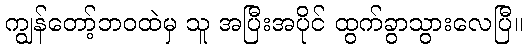
ကျွန်တော့်ဘဝထဲမှ သူ အပြီးအပိုင် ထွက်ခွာသွားလေပြီ။